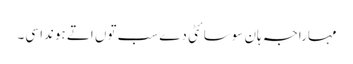
مہاراجہ ہان سوسائٹی دے سب توں اتے ہوندا سی۔